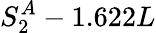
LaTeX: S_{2}^{A}-1.622L